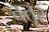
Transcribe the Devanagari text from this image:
चतूर